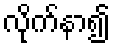
လိုက်နာ၍